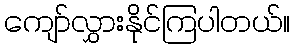
ကျော်လွှားနိုင်ကြပါတယ်။